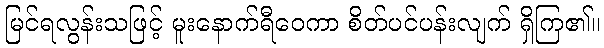
မြင်ရလွန်းသဖြင့် မူးနောက်ရီဝေကာ စိတ်ပင်ပန်းလျက် ရှိကြ၏။